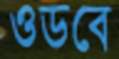
ওডবে